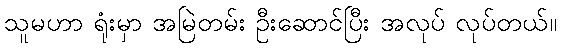
သူမဟာ ရုံးမှာ အမြဲတမ်း ဦးဆောင်ပြီး အလုပ် လုပ်တယ်။